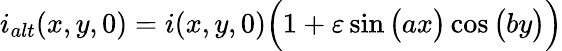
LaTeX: i_{alt}(x,y,0)=i(x,y,0)\Big(1+\varepsilon\sin\big(ax\big)\cos\big(by\big)\Big)